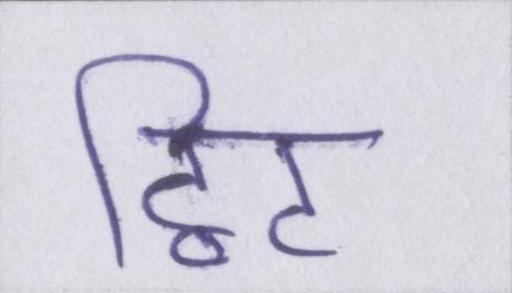
ट्विट